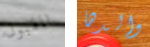
المقبول والدها